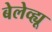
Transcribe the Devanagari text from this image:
बेलेव्ह्यू